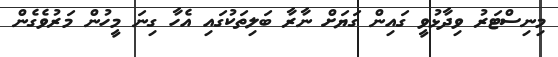
މިނިސްޓަރު ވިދާޅުވީ ގައިން ގަޔަށް ނާރާ ބަލިތަކުގައި އެހާ ގިނަ މީހުން މަރުވެގެން